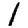
Digit: 1